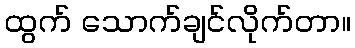
ထွက် သောက်ချင်လိုက်တာ။